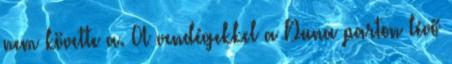
nem követte a. A vendégekkel a Duna parton lévő